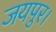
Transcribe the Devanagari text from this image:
जयपुर।